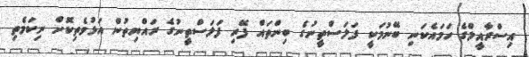
އިސްރާއީލްގެ ހަމައެކަނި ބޭނުމަކީ ފަލަސްތީނުގެ ބިންތައް ފޭރި ފަލަސްތީނުގެ ރައްޔިތުން އަޅުވެތިކޮށް ނިކަމެތި